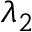
\lambda _ { 2 }